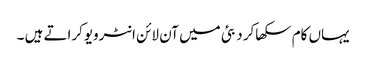
یہاں کام سکھاکر دبئی میں آن لائن انٹرویوکراتے ہیں ۔